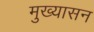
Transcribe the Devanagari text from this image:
मुख्यासन